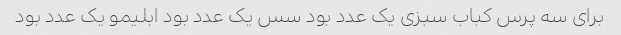
برای سه پرس کباب سبزی یک عدد بود سس یک عدد بود ابلیمو یک عدد بود